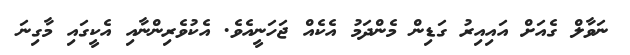
ނަވާލް ގެއަށް އައިއިރު ގަޑިން މެންދަމު އެކެއް ޖަހަނީއެވެ. އެކުވެރިންނާއި އެކީގައި މާގިނަ